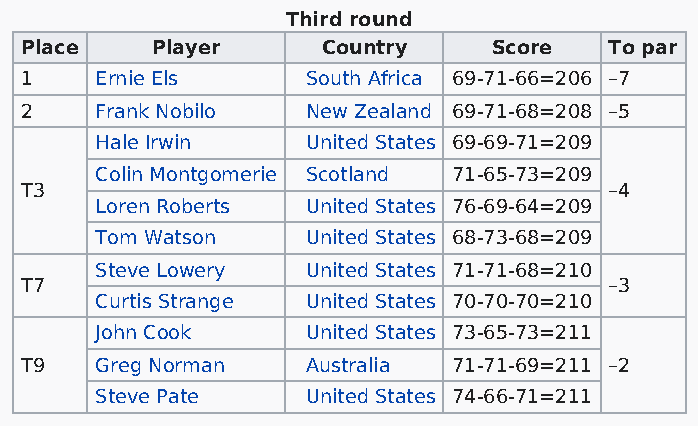
Third round
 Place    Player     Country     Score  To par
 1    Ernie Els     South Africa 69-71-66=206 –7
 2    Frank Nobilo  New Zealand 69-71-68=208 –5
 Hale Irwin    United States 69-69-71=209
 Colin Montgomerie Scotland 71-65-73=209
 T3                                     –4
 Loren Roberts United States 76-69-64=209
 Tom Watson    United States 68-73-68=209
 Steve Lowery  United States 71-71-68=210
 T7                                     –3
 Curtis Strange United States 70-70-70=210
 John Cook     United States 73-65-73=211
 T9   Greg Norman   Australia 71-71-69=211 –2
 Steve Pate    United States 74-66-71=211